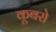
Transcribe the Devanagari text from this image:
कूबरो